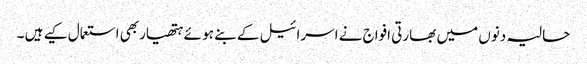
حالیہ دنوں میں بھارتی افواج نے اسرائیل کے بنے ہو ئے ہتھیاربھی استعمال کیے ہیں ۔